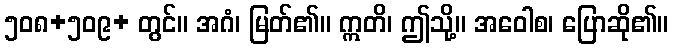
၅၀၈+၅၀၉+ တွင်။ အဂံ၊ မြတ်၏။ ဣတိ၊ ဤသို့။ အဝေါစ၊ ပြောဆို၏။